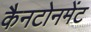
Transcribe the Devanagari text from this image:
कैनटोनमेंट